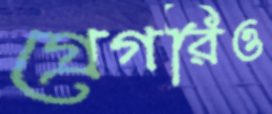
গ্রেগরিও